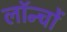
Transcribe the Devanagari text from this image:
लॉन्चों